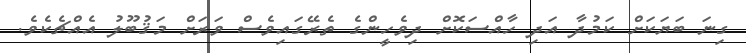
ގިނަ ބަޔަކަށް ކަމުދާ އަދި ހާއްސަކޮށް ދިވެހީންގެ ތެރޭގައިވެސް ވަރަށް މަޤުބޫލު އެއްޗެކެވެ.